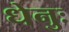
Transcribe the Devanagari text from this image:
धेनुः